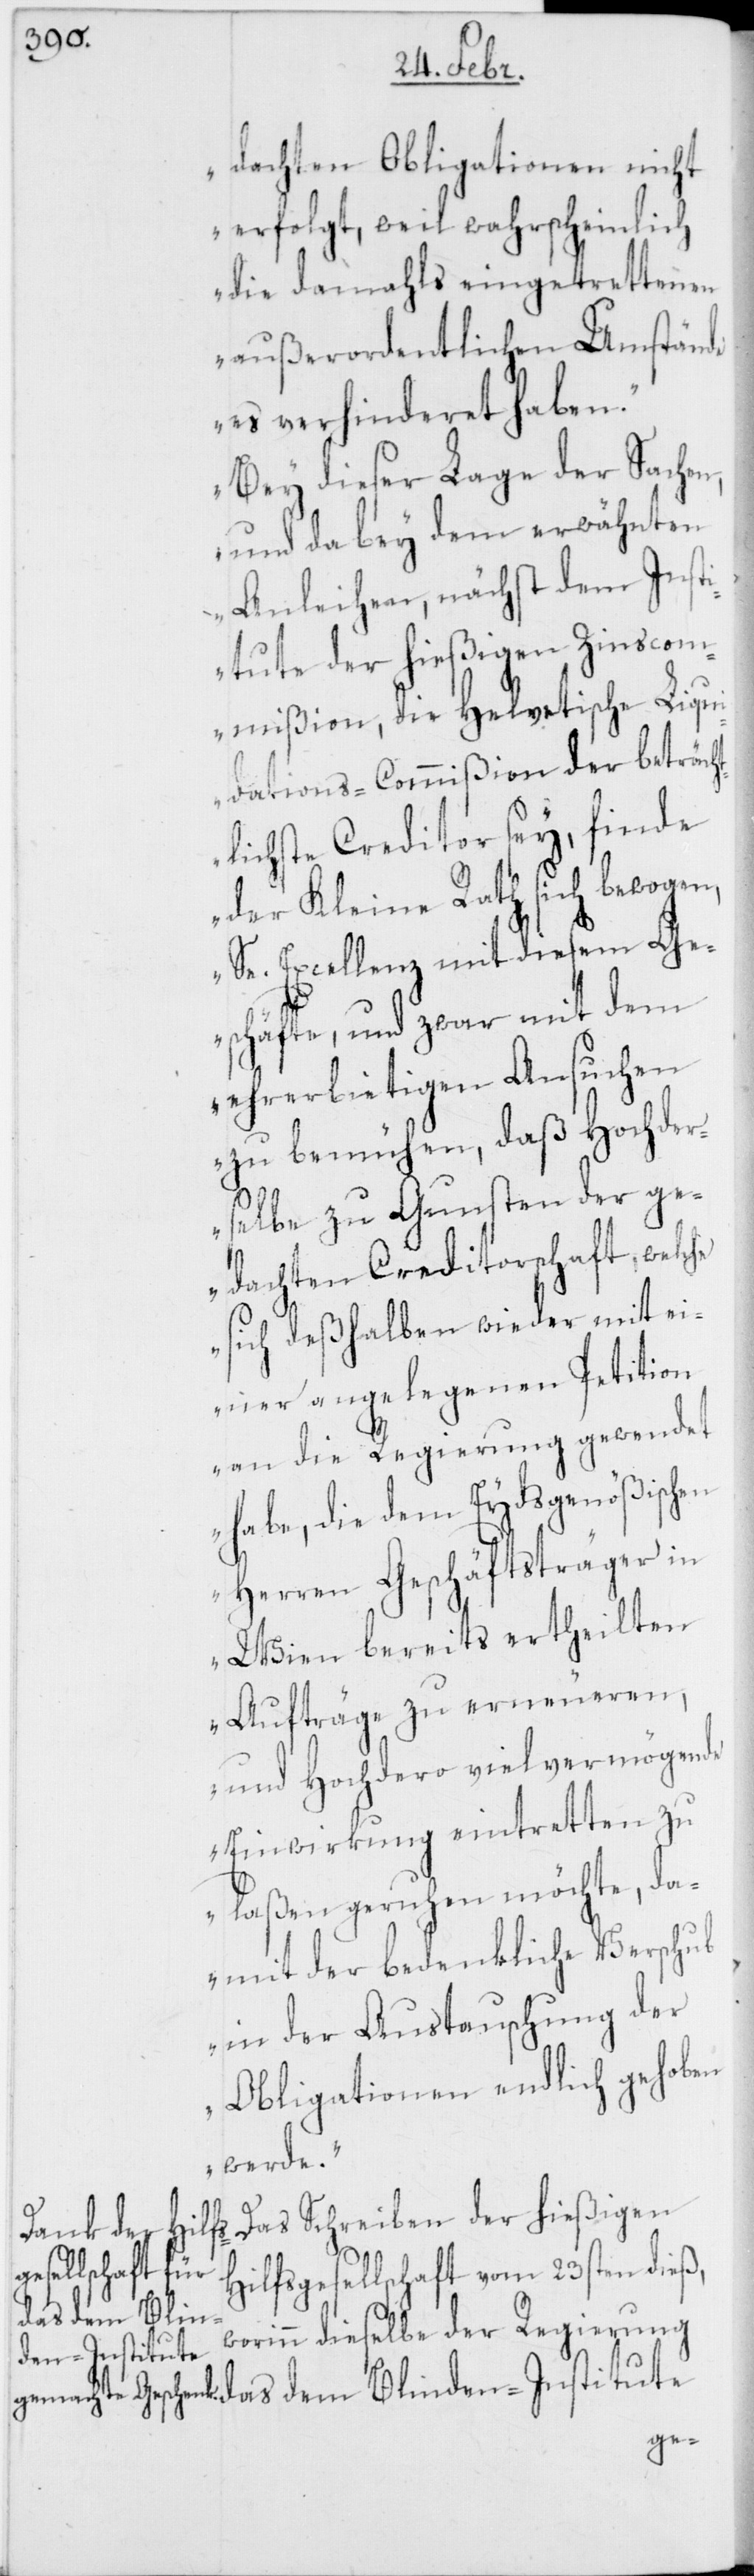
ß,
dachten Obligationen nicht
erfolgt, weil wahrscheinlich
die damahls eingetrettenen
außerordentlichen Umstände
es verhinderet haben.
Bey dieser Lage der Sachen,
und da bey dem erwähnten
dem Inst¬
Anleihen, nächst
itute der hießigen Zinscom¬
mißion, die Helvetische Liqu¬
idations-Commißion der betr¬
lichste Creditor sey,
wogen,
der Kleine Rath
sem
Excellenz mit die¬
Geschäfte, und zwar mit
ehrerbietigen Ansuchen
zu bemühen, daß Hochder¬
selbe zu Gunsten der ge¬
dachten Creditorschaft, welche
sich deßhalben wieder mit ei¬
ner angelegenen Petition
an die Regierung gewendet
habe, die dem Eydsgenößischen
Herren Geschäftsträger in
Wien bereits ertheilten
Aufträge zu erneueren,
und Hochdero viel vermögende
Einwirkung eintretten zu
laßen geruhen möchte, da¬
mit der bedenkliche Verschub
in der Austauschung der
Obligationen endlich gehoben
werde.“
Das Schreiben der hießigen
Hilfsgesellschaft vom 23sten die¬
das dem Blin¬
worinn dieselbe der Regierung
den-Institute